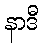
နာဒီ